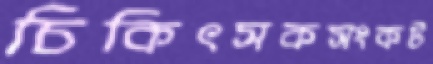
চিকিৎসকসংকট